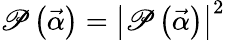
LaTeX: \mathscr{P}\left(\vec{{\alpha}}\right)=\left|\mathscr{P}\left(\vec{{\alpha}}\right)\right|^{2}